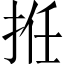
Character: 拰